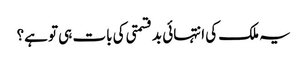
یہ ملک کی انتہائی بدقسمتی کی بات ہی تو ہے؟